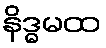
နိဒ္ဓမထ